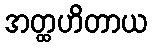
အတ္ထဟိတာယ